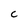
Character: c